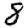
Digit: 8